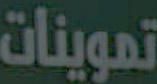
تموينات